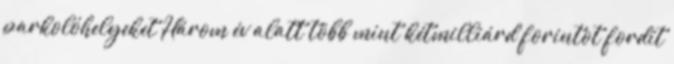
parkolóhelyeket Három év alatt több mint kétmilliárd forintot fordít